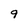
Character: 9